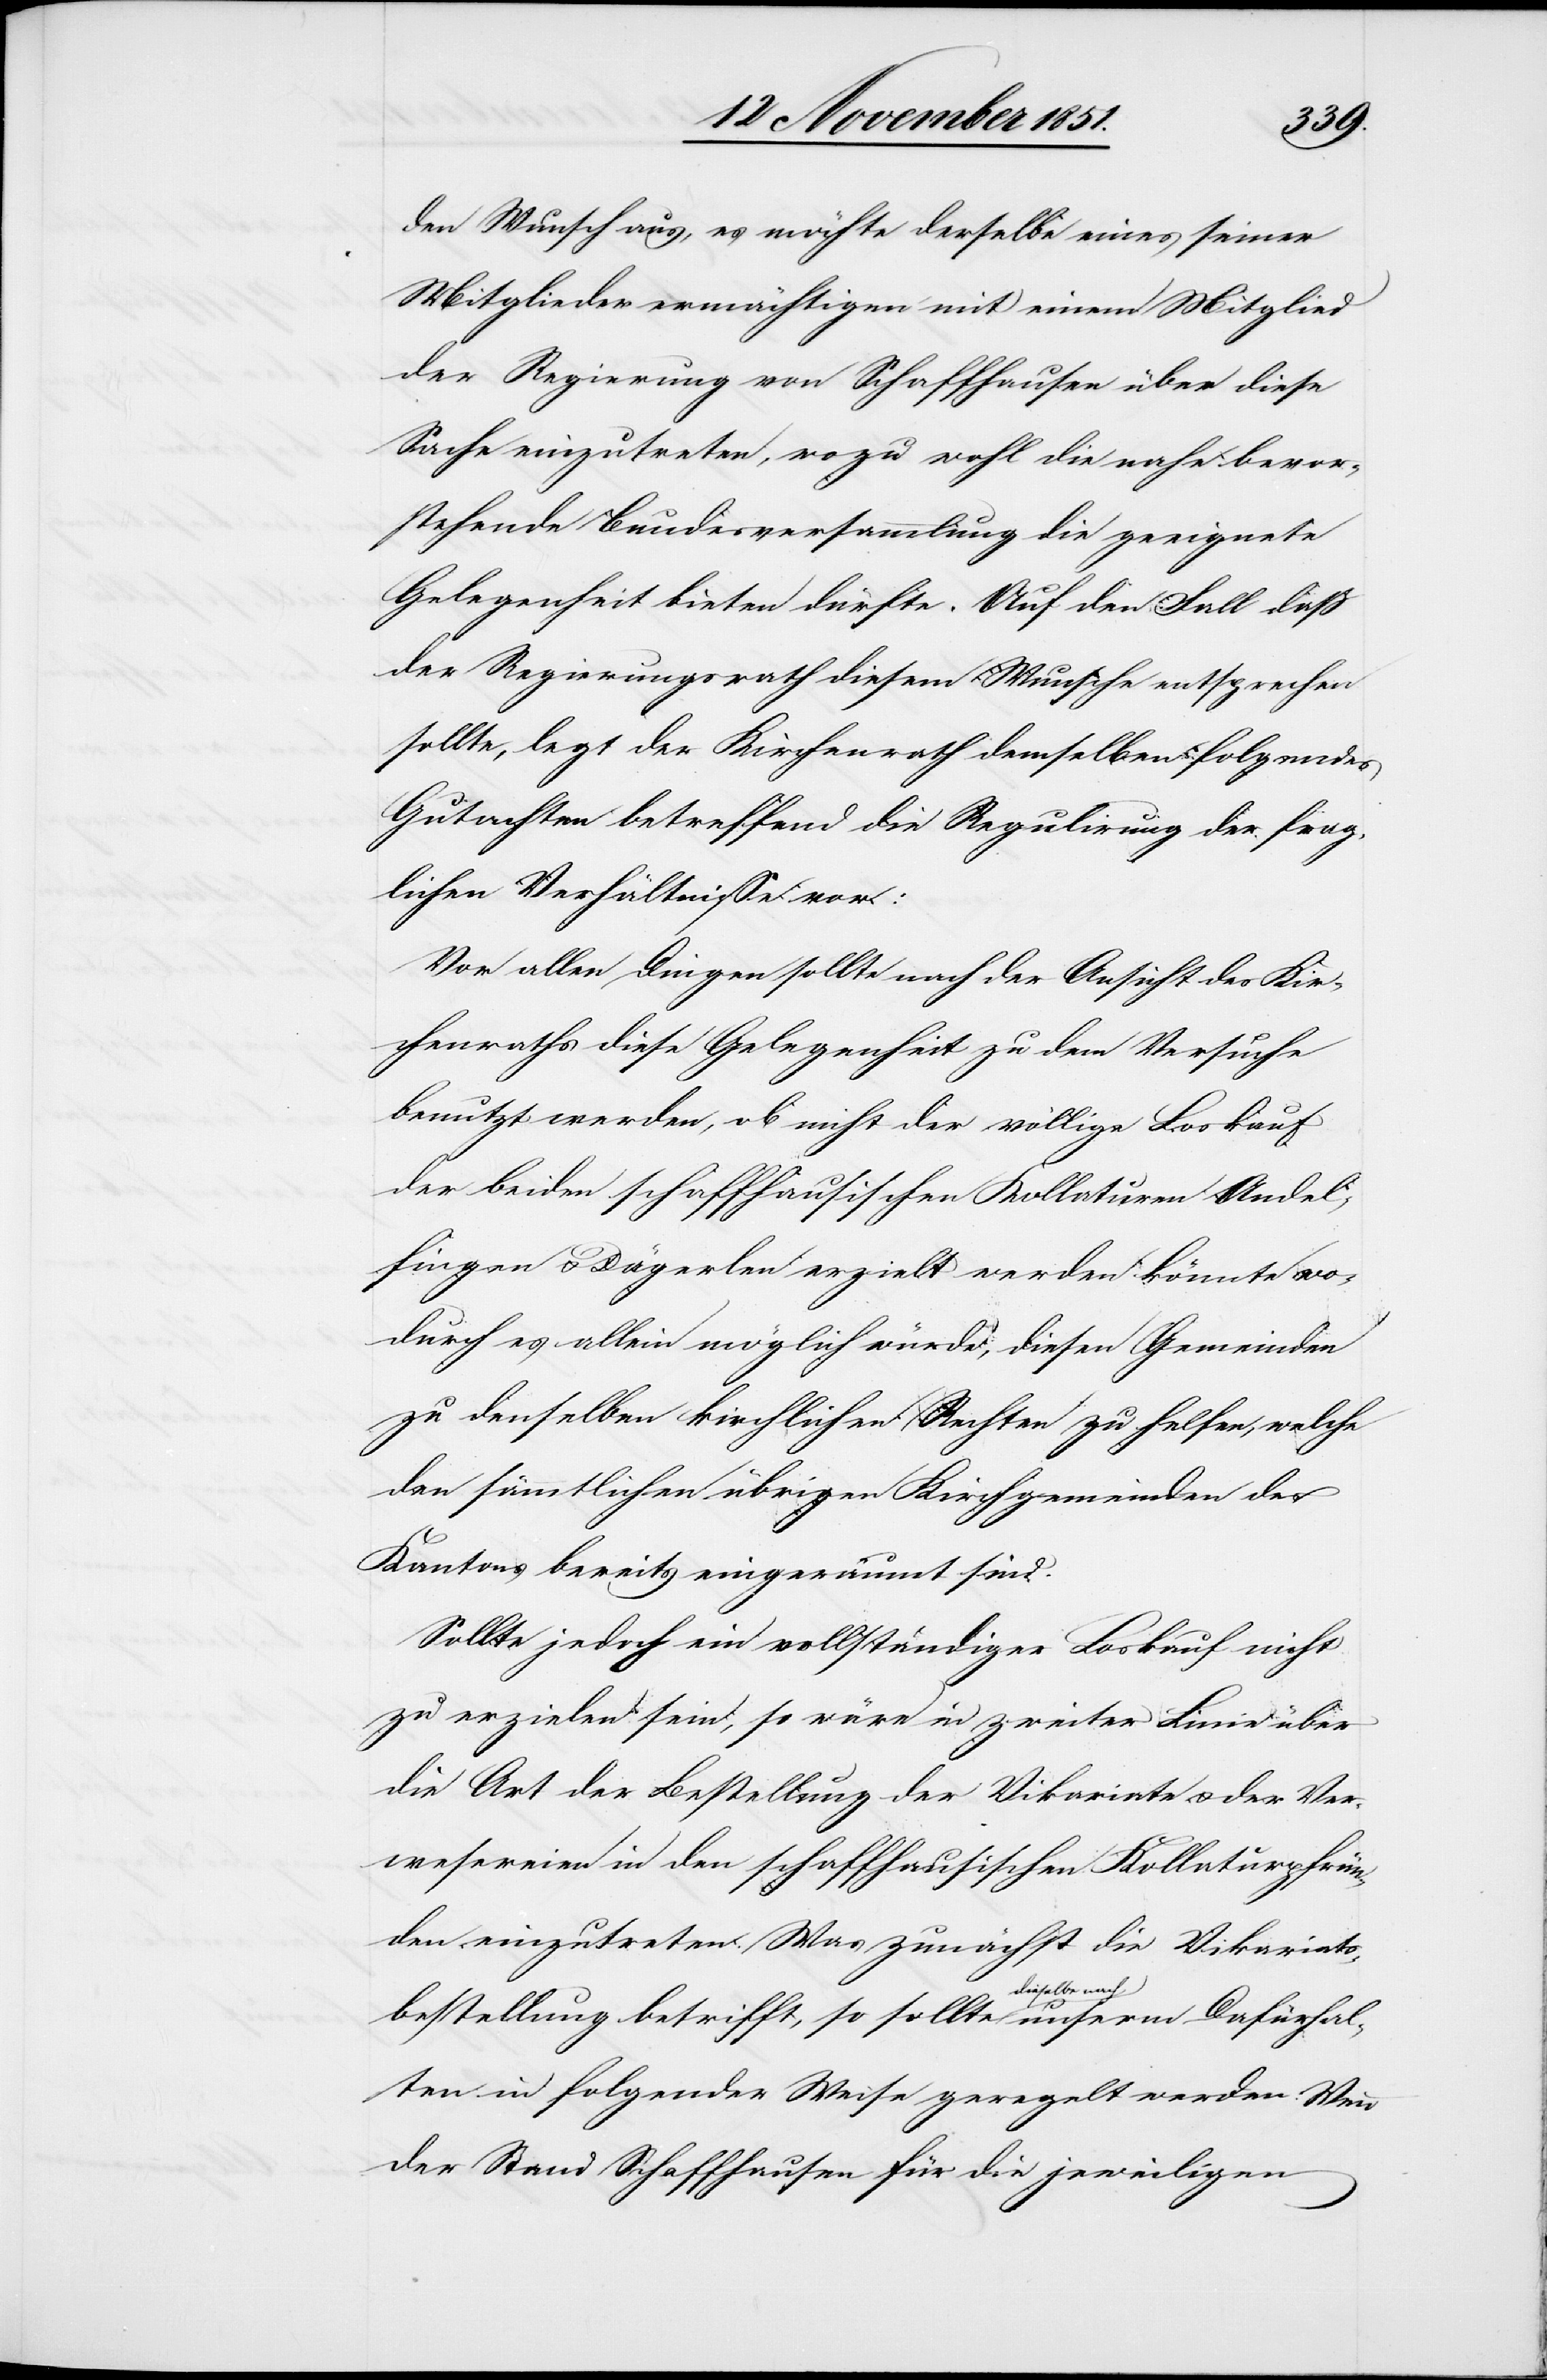
hal¬
den Wunsch aus, es möchte derselbe eines seiner
Mitglieder ermächtigen mit einem Mitglied
der Regierung von Schaffhausen über diese
Sache einzutreten, wozu wohl die nahe bevor¬
stehende Bundesversammlung die geeignete
Gelegenheit bieten dürfte. Auf den Fall daß
der Regierungsrath diesem Wunsche entsprechen
sollte, legt der Kirchenrath demselben folgendes
Gutachten betreffend die Regulirung der frag¬
lichen Verhältnisse vor:
Vor allen Dingen sollte nach der Ansicht des Kir¬
chenraths diese Gelegenheit zu dem Versuche
benutzt werden, ob nicht der völlige Loskauf
der beiden schaffhausischen Kollaturen Andel¬
fingen & Dägerlen erzielt werden könnte wo¬
durch es allein möglich würde, diesen Gemeinden
zu denselben kirchlichen Rechten zu helfen, welche
den sämmtlichen übrigen Kirchgemeinden des
Kantons bereits eingeräumt sind.
Sollte jedoch ein vollständiger Loskauf nicht
zu erzielen sein, so wäre in zweiter Linie über
die Art der Bestellung der Vikariate & der Ver¬
wesereien in den schaffhausischen Kollaturpfrün¬
den einzutreten. Was zunächst die Vikariats¬
bestellung betrifft, so sollte dieselbe nach
ten in folgender Weise geregelt werden: Wenn
der Stand Schaffhausen für die jeweiligen